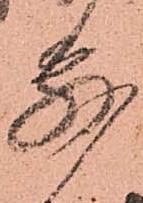
別